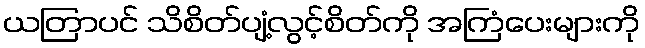
ယတြာပင် သိစိတ်ပျံ့လွင့်စိတ်ကို အကြံပေးများကို